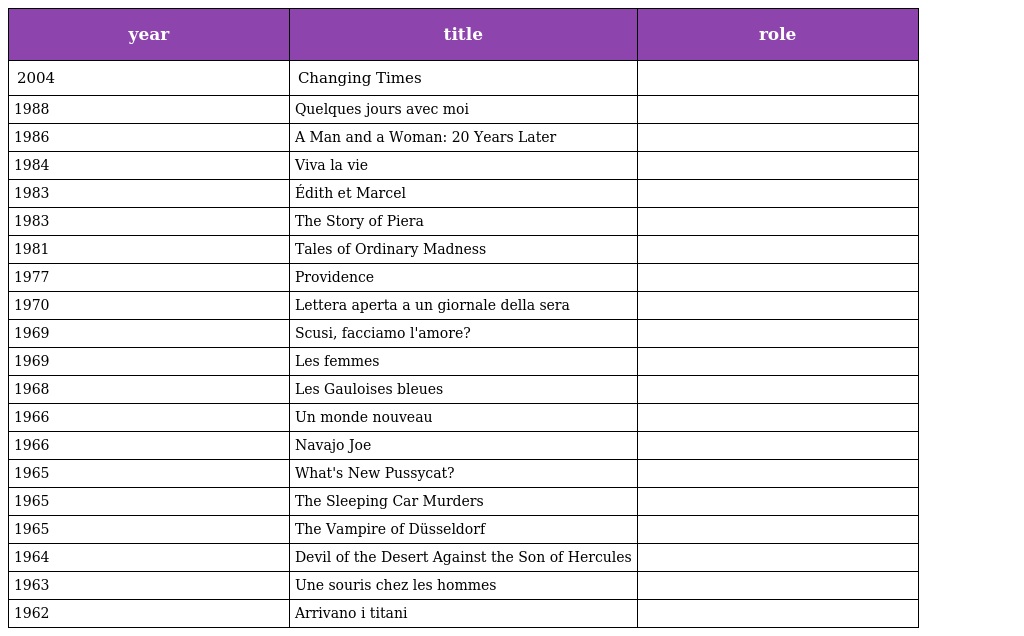
| year | title | role |
 | --- | --- | --- |
 | 2004 | Changing Times |  |
 | 1988 | Quelques jours avec moi |  |
 | 1986 | A Man and a Woman: 20 Years Later |  |
 | 1984 | Viva la vie |  |
 | 1983 | Édith et Marcel |  |
 | 1983 | The Story of Piera |  |
 | 1981 | Tales of Ordinary Madness |  |
 | 1977 | Providence |  |
 | 1970 | Lettera aperta a un giornale della sera |  |
 | 1969 | Scusi, facciamo l'amore? |  |
 | 1969 | Les femmes |  |
 | 1968 | Les Gauloises bleues |  |
 | 1966 | Un monde nouveau |  |
 | 1966 | Navajo Joe |  |
 | 1965 | What's New Pussycat? |  |
 | 1965 | The Sleeping Car Murders |  |
 | 1965 | The Vampire of Düsseldorf |  |
 | 1964 | Devil of the Desert Against the Son of Hercules |  |
 | 1963 | Une souris chez les hommes |  |
 | 1962 | Arrivano i titani |  |